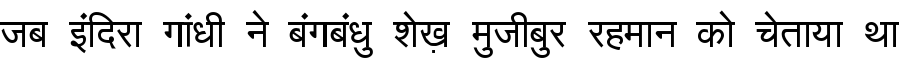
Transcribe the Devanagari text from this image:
जब इंदिरा गांधी ने बंगबंधु शेख़ मुजीबुर रहमान को चेताया था